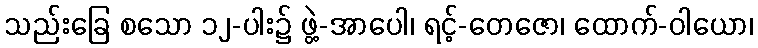
သည်းခြေ စသော ၁၂-ပါး၌ ဖွဲ့-အာပေါ၊ ရင့်-တေဇော၊ ထောက်-ဝါယော၊